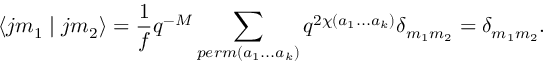
\langle j m _ { 1 } \mid j m _ { 2 } \rangle = \frac { 1 } { f } q ^ { - M } \sum _ { p e r m ( a _ { 1 } . . . a _ { k } ) } q ^ { 2 \chi ( a _ { 1 } . . . a _ { k } ) } \delta _ { m _ { 1 } m _ { 2 } } = \delta _ { m _ { 1 } m _ { 2 } } .